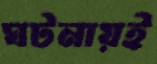
ঘটনায়ই